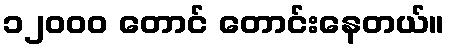
၁၂ဝဝဝ တောင် တောင်းနေတယ်။